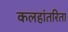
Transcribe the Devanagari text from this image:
कलहांतरिता